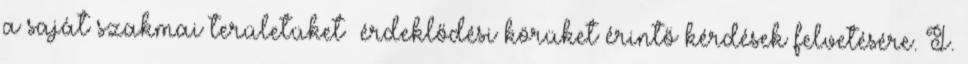
a saját szakmai területüket érdeklődési körüket érintő kérdések felvetésére. I.